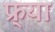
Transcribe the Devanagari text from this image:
फ्र्या